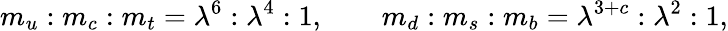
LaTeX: m_{u}:m_{c}:m_{t}=\lambda^{6}:\lambda^{4}:1,\qquad m_{d}:m_{s}:m_{b}=\lambda^{3+c}:\lambda^{2}:1,